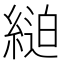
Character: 𦂸